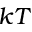
k T